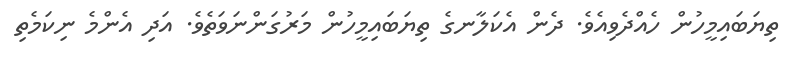
ތިޔަބައިމީހުން ހެއްދެވިއެވެ. ދެން އެކަލާނގެ ތިޔަބައިމީހުން މަރުގަންނަވަތެވެ. އަދި އެންމެ ނިކަމެތި